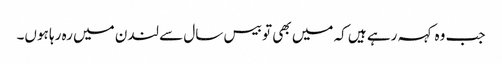
جب وہ کہہ رہے ہیں کہ میں بھی تو بیس سال سے لندن میں رہ رہا ہوں۔